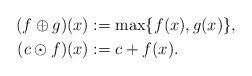
LaTeX: \begin{align*}(f \oplus g) (x) &:= \max \{ f(x) , g(x) \} , \\(c \odot f) (x) &:= c + f(x).\end{align*}